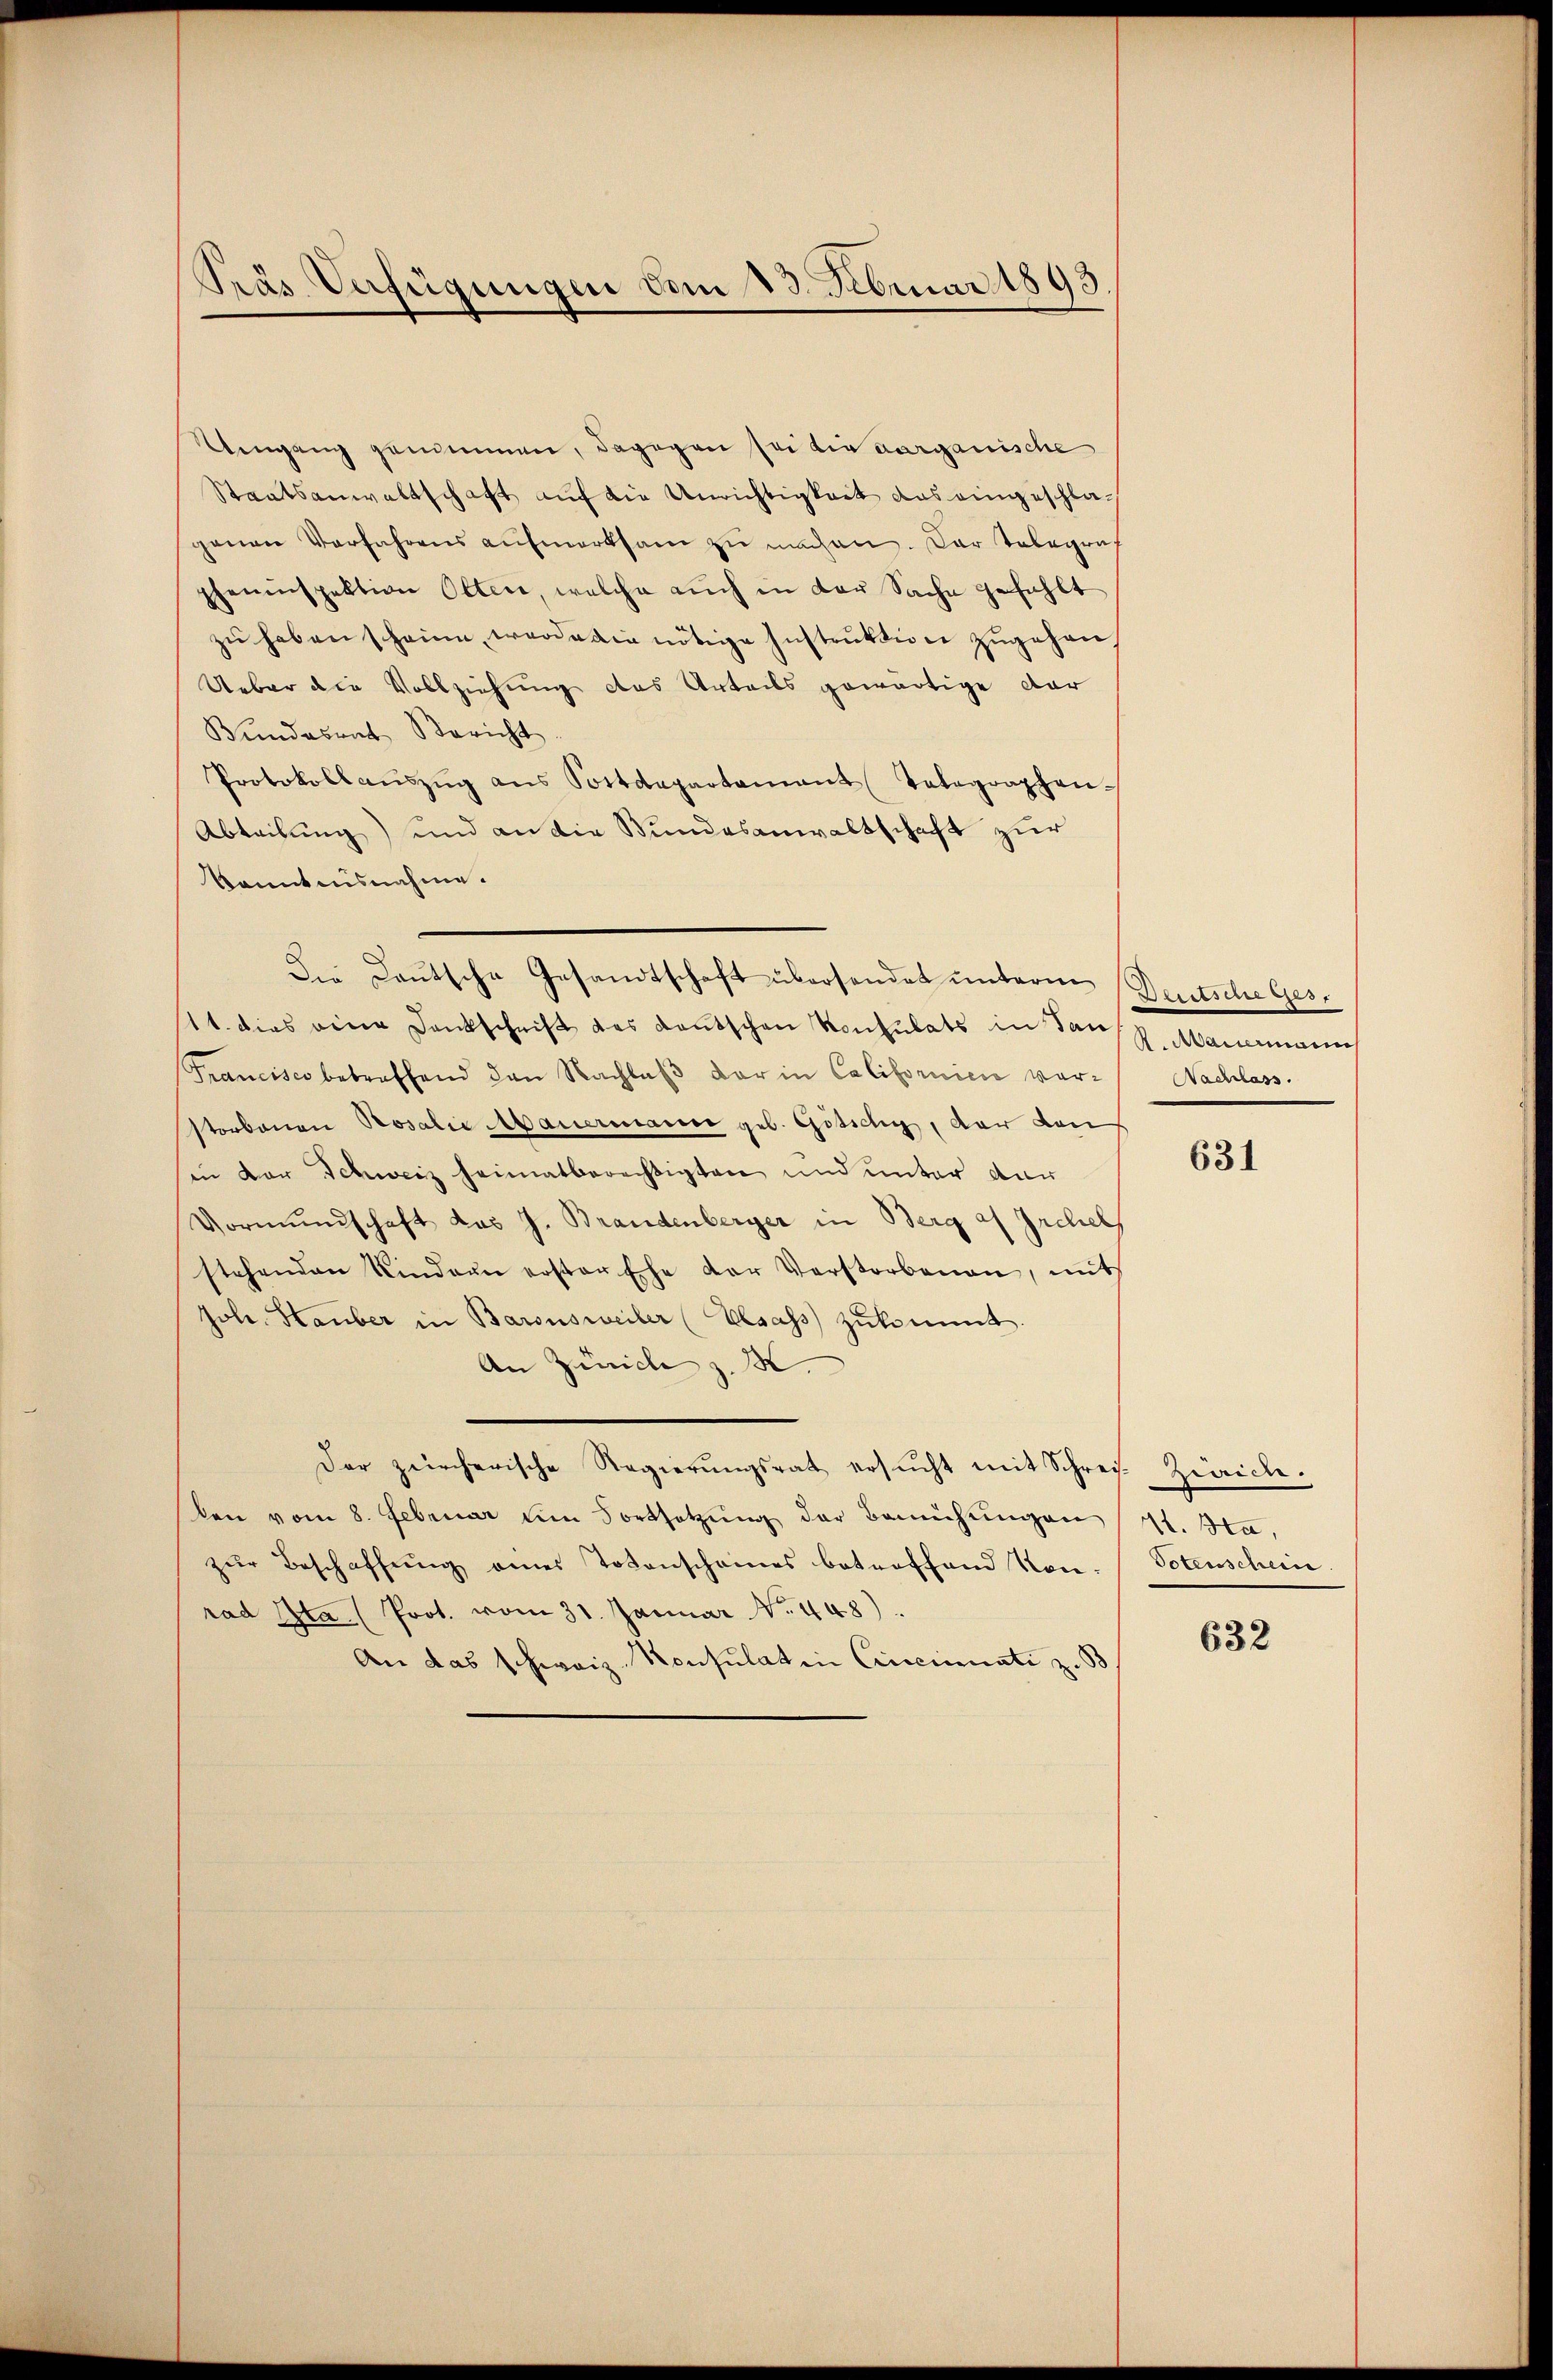
Pras Verfügungen vom 13. Februar 1893.

Uengang genommen, dagegen sei die aarganische
Staatsanwaltschaft auf die Unrichtigkeit das eingeschlagenen Verfahrens aufmerksam zu machen. Das Telegraf
pheninspektion Otten, welche auch in der Sache gefühlt
zu haben scheine, werde die nötige Instruktion zugehen
Ueber die Vollziehung des Urteils gewärtige dar
Bundesrat Bericht
Protokollaŭszŭg ans Postdepartamant Telegraphen.
Abteilung) und an die Bundesanwaltschaft zur
kanntnisnahme.
11. dies eine Dankschrift des deutschen Konsulats in San
Francisco betreffend den Nachlaβ der in Californien ver-
storbenen Rosalie Mauermann geb. Götsch, der den
sin vor Schweiz heimatberechtigten und unter dar
Vormundschaft das J. Brandenberger in Berg af Irchel
stehenden Kindern erster Ehe der Verstorbenen, mit
Joh. Stauber in Baronsweiler (Elsass zŭkommt.
An Zürich z. M.
Der zürcherische Regierŭngsrat ersŭcht mit Schrei- Zürich-
ben vom 8. Februar im Fortsetzŭng der Bemühŭngen
zŭr Beschaffŭng einer Todenscheines betreffend von
rad Sta (Prot. vom 31. Januar No. 448).
An das schweiz. Konsulatin Cincinati z. B

Die Deutsche Gesandtschaft übersendet untern Deutsche Ges¬

Nachlass.

631

11. Na,
Totenschein

632